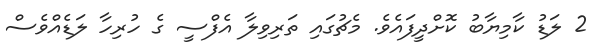
2 ލަޑު ކާމިޔާބު ކޮށްދީފައެވެ. މެޗުގައި ތަރިވިލާ އެފްސީ ގެ ހުރިހާ ލަޑެއްވެސް